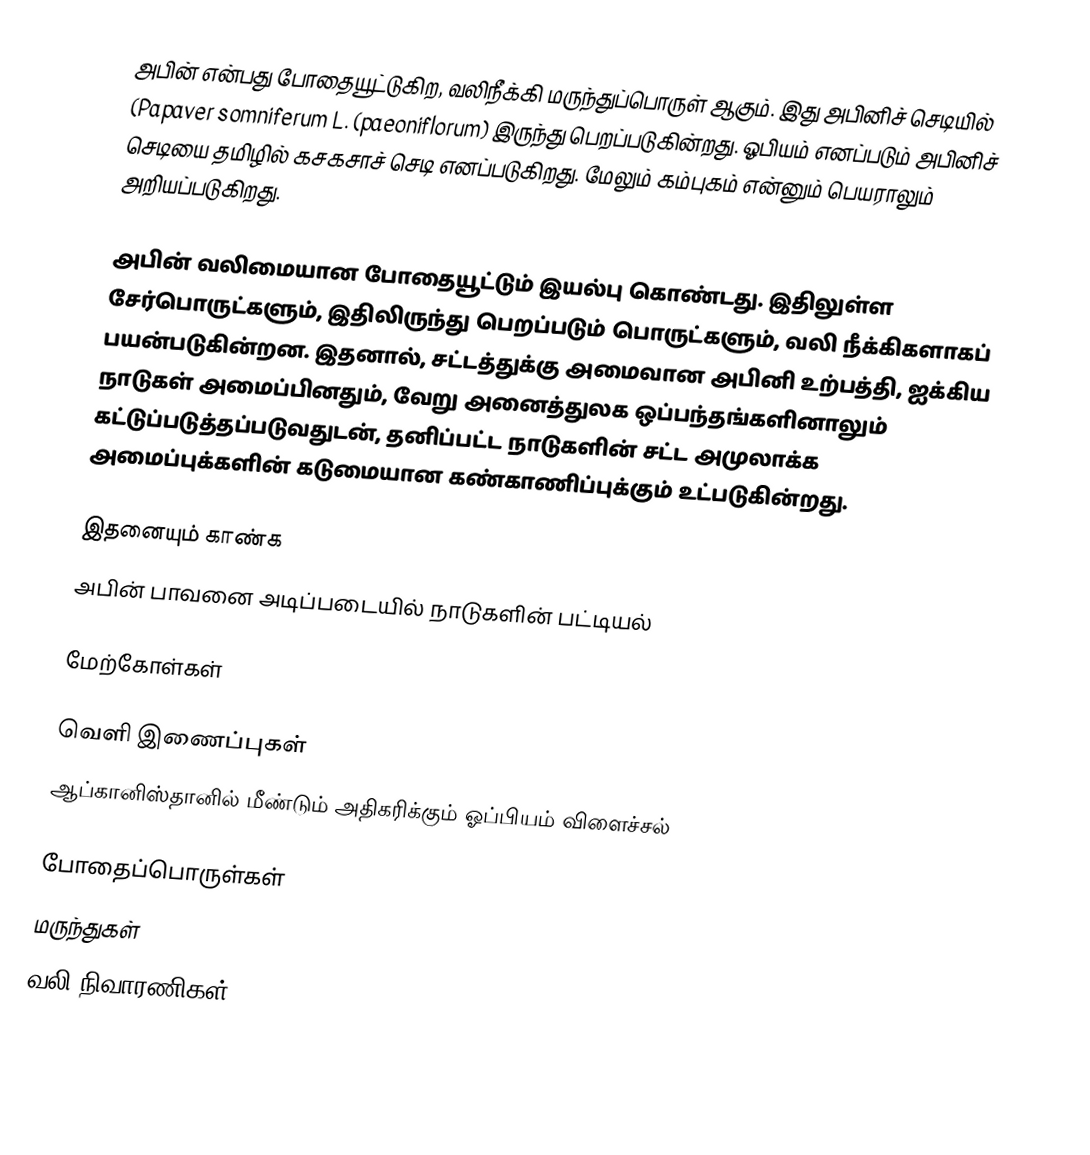
அபின் என்பது போதையூட்டுகிற, வலிநீக்கி மருந்துப்பொருள் ஆகும். இது அபினிச் செடியில் (Papaver somniferum L. (paeoniflorum) இருந்து பெறப்படுகின்றது. ஓபியம் எனப்படும் அபினிச் செடியை தமிழில் கசகசாச் செடி எனப்படுகிறது. மேலும்  கம்புகம் என்னும் பெயராலும் அறியப்படுகிறது.

அபின் வலிமையான போதையூட்டும் இயல்பு கொண்டது. இதிலுள்ள சேர்பொருட்களும், இதிலிருந்து பெறப்படும் பொருட்களும், வலி நீக்கிகளாகப் பயன்படுகின்றன. இதனால், சட்டத்துக்கு அமைவான அபினி உற்பத்தி, ஐக்கிய நாடுகள் அமைப்பினதும், வேறு அனைத்துலக ஒப்பந்தங்களினாலும் கட்டுப்படுத்தப்படுவதுடன், தனிப்பட்ட நாடுகளின் சட்ட அமுலாக்க அமைப்புக்களின் கடுமையான கண்காணிப்புக்கும் உட்படுகின்றது.

இதனையும் காண்க
 அபின் பாவனை அடிப்படையில் நாடுகளின் பட்டியல்

மேற்கோள்கள்

வெளி இணைப்புகள்
  ஆப்கானிஸ்தானில் மீண்டும் அதிகரிக்கும் ஓப்பியம் விளைச்சல்

போதைப்பொருள்கள்
மருந்துகள்
வலி நிவாரணிகள்